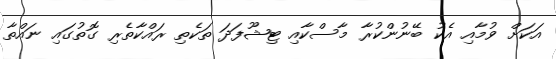
އަކަށް ވުމާއި އެކު ބޭނުންކުރާ މާސްކާއި ޓިޝޫފަދަ ތަކެތި ރައްކާތެރި ގޮތުގައި ނައްތާ